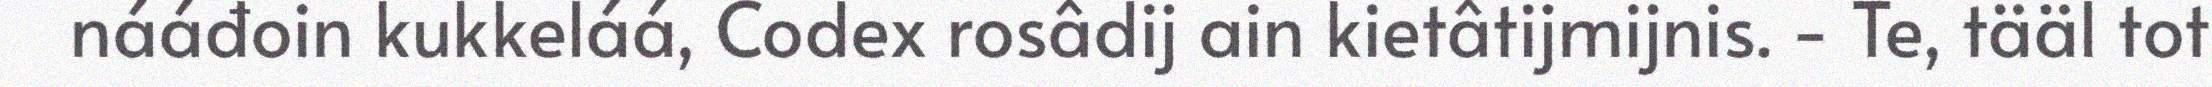
nááđoin kukkeláá, Codex rosâdij ain kietâtijmijnis. - Te, tääl tot